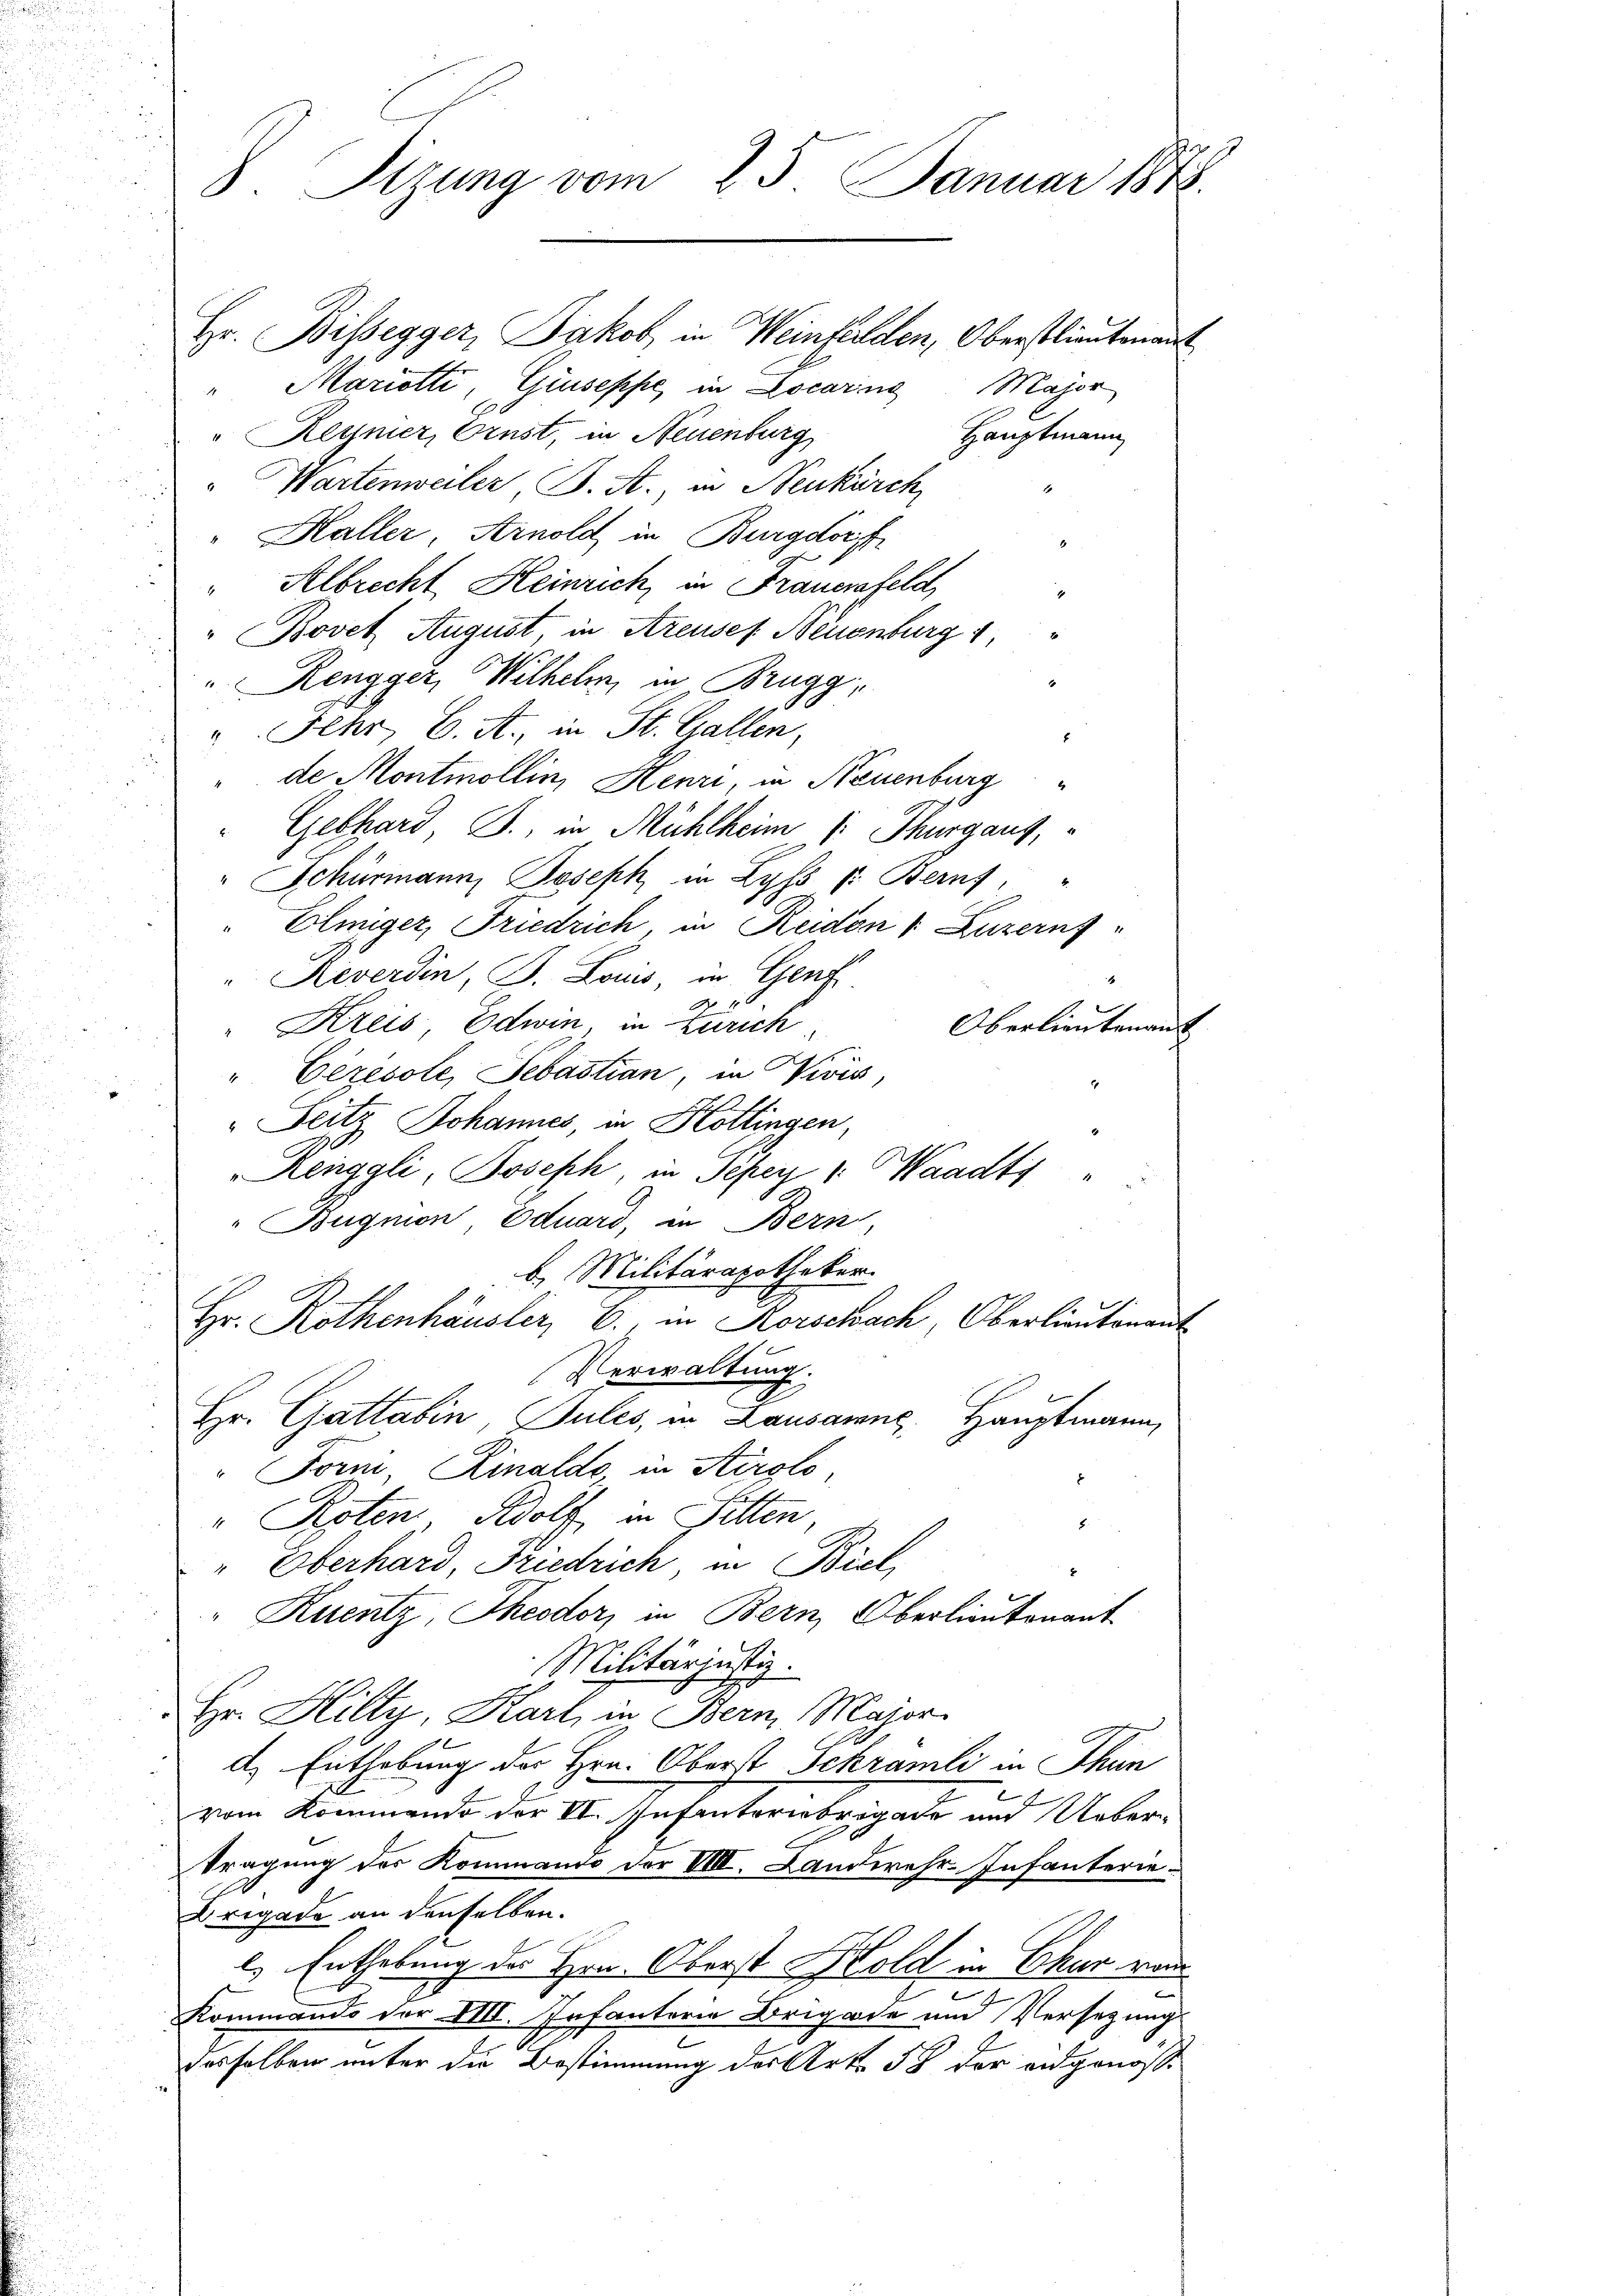
S. Tizung vom 25. Januar 1848.

Hr. Bissegger, Jakob, in Weinfelden, Oberstlieutenant
" Mariotti, Giuseppe, in Locarno Major
" Reymer, Ernst, in Neuenburg,
Hauptmann
" Wartenweiler, J. A., in Neukürch
Haller, Arnold in Burgdorff
" Albrecht Heinrich, in Frauenfeld,
 Bovet August, in Areusef Neuenburg 1
" Rengger, Wilhelm, in Brugg,
u Fehr, C. A., in St. Gallen,
de Montmollin, Henri in Neuenburg
Gebhard, J., in Mühlheim (: Thurgaus,
" Schürmann, Joseph in Lyss v. Bern, "
Eliiger, Friedrich, in Reiden v. Luzerns
" Reverdin, J. Louis, in Genf
1
.
" Kreis Edwin, in Zürich
Oberlieutenans
" Ceresole, Sebastian, in Divis,
Pertz Johannes, in Kollingen,
Renggli, Joseph in Peper v. Waadti
"Bugnon Eduard, in Bern,
b. Militärapotheker
e
Hr. Rothenhäusler, C., in Korschach, Oberlieutenant
u
Verwaltung
Hr. Gattain Pules, in Lausanne, Hauptmann,
"Forni, Rinaldo, in Airolo,
"Roten Adolf, in Sitten
.
" Oberhard, Friedrich in Biel
x
"Kuentz, Theodor, in Bern, Oberlieutenant
Militärjustiz.
Hr. Hilty, Karl in Bern Major
d. Enthebung der Hrn. Oberst Schramli in Thun
e
vom Kommende der VII. Infanteriebrigade und Uebertragung der Kommando der VIII. Landwehr Infanterie-
Drigade an denselben.
ls Enthebung der Hrn. Oberst Hold in Chur rau
e
e
Kommando der VIII. Infanterie Brigade und Versetzung
desselben unter die Bestimmung des Art. 58 der eidgenöss¬